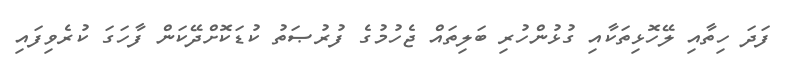
ފަދަ ހިތާއި ލޭހޮޅިތަކާއި ގުޅުންހުރި ބަލިތައް ޖެހުމުގެ ފުރުޞަތު ކުޑަކޮށްދޭކަން ފާހަގަ ކުރެވިފައި